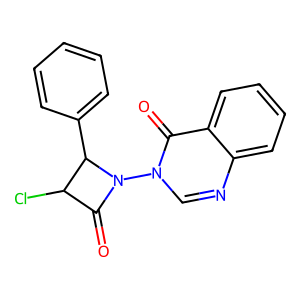
SMILES: O=C1C(Cl)C(c2ccccc2)N1n1cnc2ccccc2c1=O
Inhibits HIV replication: No